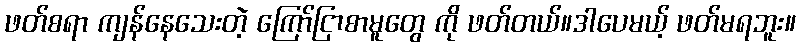
ဖတ်စရာ ကျန်နေသေးတဲ့ ကြော်ငြာစာမူတွေ ကို ဖတ်တယ်။ဒါပေမယ့် ဖတ်မရဘူး။